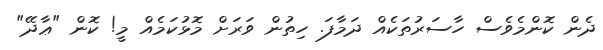
ދެން ކޮންމެވެސް ހާސަރުތަކެއް ދަމާފަ. ހިތުން ވަރަށް މޮޅުކަމެއް މީ! ކޮން "ޢާދޭ"